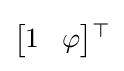
\textstyle {\begin{bmatrix}1&\!\varphi \end{bmatrix}}{}^{\top }